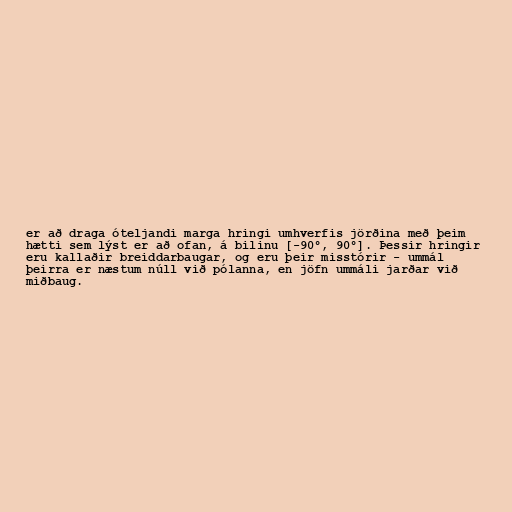
er að draga óteljandi marga hringi umhverfis jörðina með þeim
hætti sem lýst er að ofan, á bilinu [-90°, 90°]. Þessir hringir
eru kallaðir breiddarbaugar, og eru þeir misstórir - ummál
þeirra er næstum núll við pólanna, en jöfn ummáli jarðar við
miðbaug.